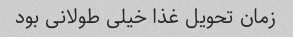
زمان تحویل غذا خیلی طولانی بود